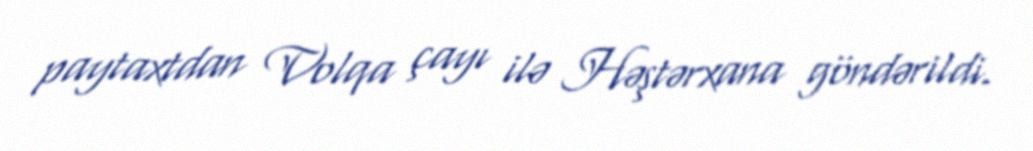
paytaxtdan Volqa çayı ilə Həştərxana göndərildi.